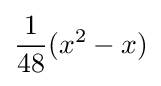
{\frac {1}{48}}(x^{2}-x)